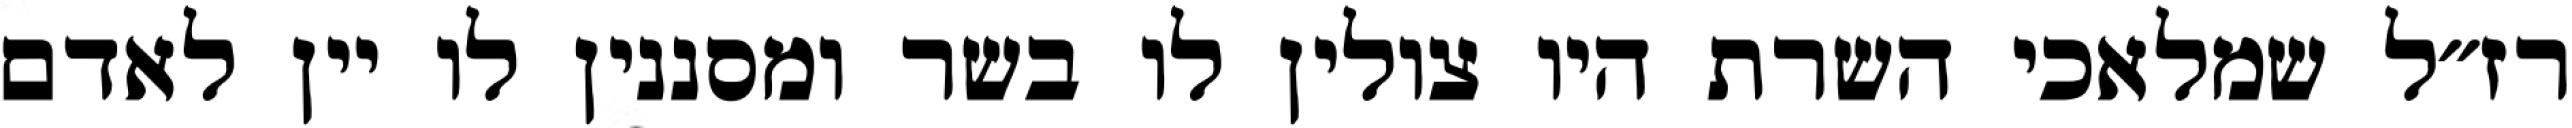
רז״ל שמלאכי השרת היו צולין לו בשר ומסננין לו יין לאדם